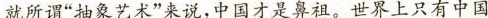
就所谓“抽象艺术”来说，中国才是鼻祖。世界上只有中国